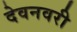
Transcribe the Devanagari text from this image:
देवनवरी